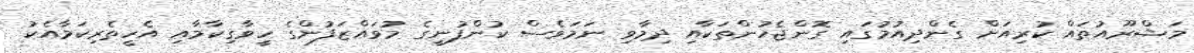
މަޝްރޫއުތައް ކުރިއަށް ގެންދިއުމުގައި ގޮންޖެހުންތަކާއި ދިމާވި ނަމަވެސް ކުންފުނީގެ މުވައްޒަފުންގެ ހީވާގިކާމާއި އެހީތެރިކަމާއެކު